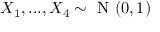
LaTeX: X _ { 1 } , . . . , X _ { 4 } \sim { \textrm { N } } ( 0 , 1 )